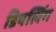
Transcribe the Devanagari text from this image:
डियलिंग